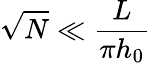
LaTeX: \sqrt{N}\ll\frac{L}{\pi h_{0}}